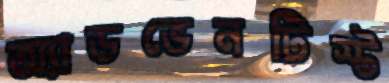
অ্যাডভেনটিস্ট